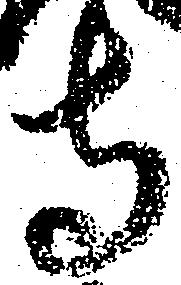
寺